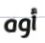
أوه